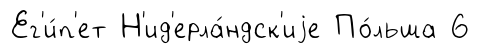
Ег'и́п'ет Н'ид'ерла́ндск'иjе По́льша 6